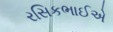
રસિકભાઈએ